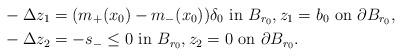
LaTeX: \begin{align*}&-\Delta z_1=(m_+(x_0)-m_-(x_0))\delta_0\ \mbox{in $B_{r_0}$},z_1=b_0\ \mbox{on $\partial B_{r_0}$}, \\&-\Delta z_2=-s_-\leq 0\ \mbox{in $B_{r_0}$},z_2=0\ \mbox{on $\partial B_{r_0}$}. \end{align*}